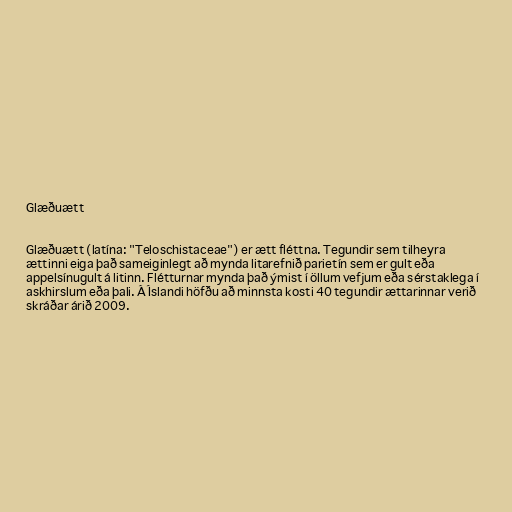
Glæðuætt

Glæðuætt (latína: "Teloschistaceae") er ætt fléttna. Tegundir sem tilheyra
ættinni eiga það sameiginlegt að mynda litarefnið parietín sem er gult eða
appelsínugult á litinn. Flétturnar mynda það ýmist í öllum vefjum eða sérstaklega í
askhirslum eða þali. Á Íslandi höfðu að minnsta kosti 40 tegundir ættarinnar verið
skráðar árið 2009.